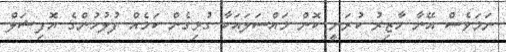
ނަމަވެސް އޭނާ ހާޒިރު ކުރަނީ ކޮން މައްސަލައަކާ ގުޅިގެން ކަމެއް ފުލުހުންގެ އޮފިޝަލް